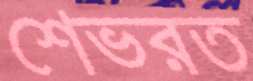
শেভরত